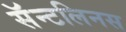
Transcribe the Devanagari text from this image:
सॅन्टलिनस